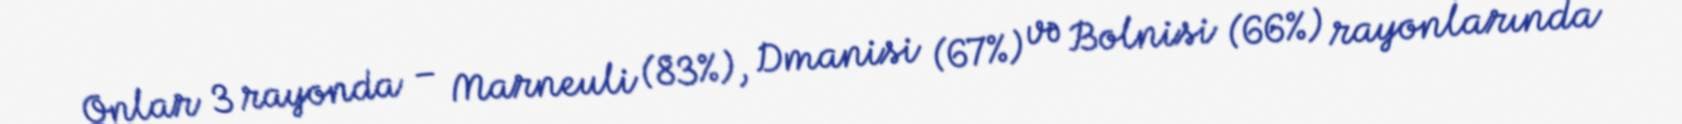
Onlar 3 rayonda – Marneuli (83%), Dmanisi (67%) və Bolnisi (66%) rayonlarında